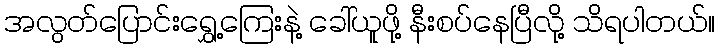
အလွတ်ပြောင်းရွှေ့ကြေးနဲ့ ခေါ်ယူဖို့ နီးစပ်နေပြီလို့ သိရပါတယ်။